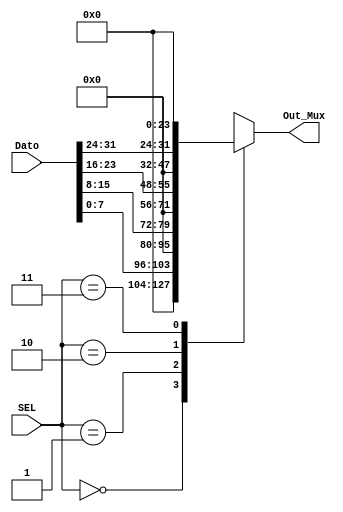
`timescale 1ns / 1ps
//////////////////////////////////////////////////////////////////////////////////
// Company: 
// Engineer: 
// 
// Design Name: 
// Module Name:    Mux41 
// Project Name: 
// Target Devices: 
// Tool versions: 
// Description: 
//
// Dependencies: 
//
// Revision: 
// Revision 0.01 - File Created
// Additional Comments: 
//
//////////////////////////////////////////////////////////////////////////////////
module Mux41( input [1:0] SEL, input [31:0] Dato, output reg [31:0] Out_Mux
    );
	 
always @(SEL, Dato)
      case (SEL)
         2'b00: Out_Mux <= {24'b0, Dato [7:0]};
         2'b01: Out_Mux <= {16'b0, Dato [15:8], 8'b0};
         2'b10: Out_Mux <= {8'b0, Dato [23:16], 16'b0};
         2'b11: Out_Mux <= {Dato [31:24], 24'b0};
      endcase


endmodule